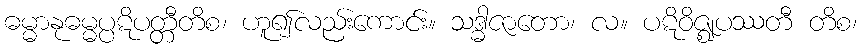
ဓမ္မာနုဓမ္မပ္ပဋိပတ္တီတိစ၊ ဟူ၍လည်းကောင်း။ သဒ္ဓါဇာတော၊ လ။ ပဋိဝိဇ္ဈပဿတီ တိစ၊